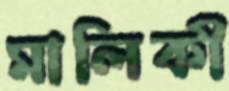
মালিকী